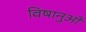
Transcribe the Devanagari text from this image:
विषानुओं